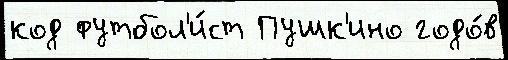
код футбол'и́ст Пушк'ино годо́в